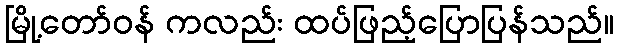
မြို့တော်ဝန် ကလည်း ထပ်ဖြည့်ပြောပြန်သည်။